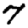
Digit: 7